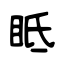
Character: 眡